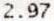
2.97